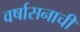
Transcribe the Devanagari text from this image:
वर्षासनाची